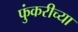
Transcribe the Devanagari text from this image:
फुंकरीच्या